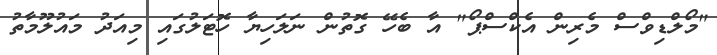
"މޯލްޑިވްސް މެރިން އެކްސްޕޯ" އާ ބެހޭ ގޮތުން ނަލަހިޔާ ހޮޓަލުގައި މިއަދު މައުލޫމާތު